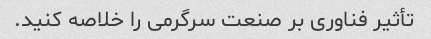
تأثیر فناوری بر صنعت سرگرمی را خلاصه کنید.